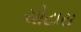
ચોટારા